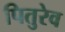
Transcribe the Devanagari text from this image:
पितुरेव